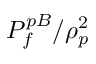
P _ { f } ^ { p B } / \rho _ { p } ^ { 2 }